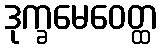
ဒုက္ခမေဝေတ္ထ